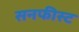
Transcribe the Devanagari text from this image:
सनफीस्ट